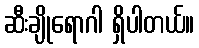
ဆီးချိုရောဂါ ရှိပါတယ်။